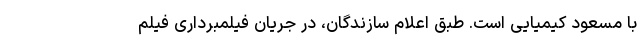
با مسعود کیمیایی است. طبق اعلام سازندگان، در جریان فیلمبرداری فیلم